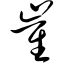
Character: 崔